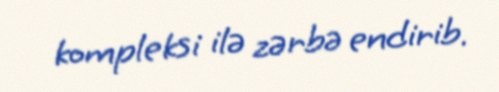
kompleksi ilə zərbə endirib.